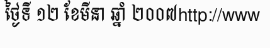
ថ្ងៃទី ១២ ខែមីនា ឆ្នាំ ២០០៧http://www